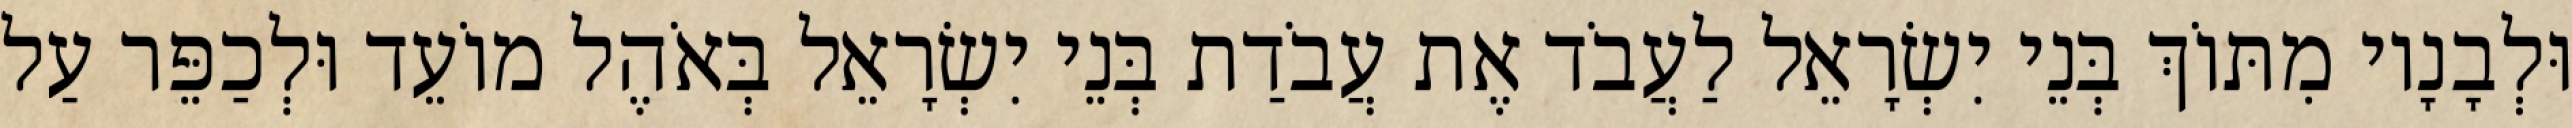
וּלְבָנָיו מִתּוֹךְ בְּנֵי יִשְׂרָאֵל לַעֲבֹד אֶת עֲבֹדַת בְּנֵי יִשְׂרָאֵל בְּאֹהֶל מוֹעֵד וּלְכַפֵּר עַל